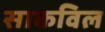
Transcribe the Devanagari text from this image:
साकविल